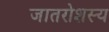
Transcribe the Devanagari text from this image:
जातरोशस्य